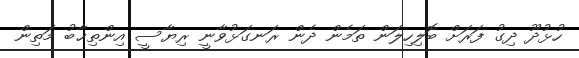
ހުޅުދޫ ދިގު ފަރަށް ބޮލިހިލަން ތަމެން ދެން ރަނގަޅުވާނީ ރިޔާސީ އިންތިޚާބު މަތިން